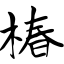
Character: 椿